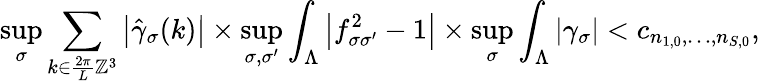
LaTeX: \operatorname*{sup}_{\sigma}\sum_{k\in\frac{2\pi}{L}\mathbb{Z}^{3}}\left\vert\hat{\gamma}_{\sigma}(k)\right\vert\times\operatorname*{sup}_{\sigma,\sigma^{\prime}}\int_{\Lambda}\left\vert f_{\sigma\sigma^{\prime}}^{2}-1\right\vert\times\operatorname*{sup}_{\sigma}\int_{\Lambda}|\gamma_{\sigma}|<c_{n_{1,0},\ldots,n_{S,0}},